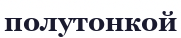
полутонкой